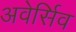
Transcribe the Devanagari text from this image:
अवेर्सिव